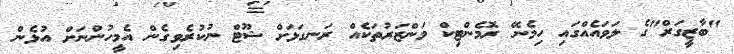
"ބާޒީގަރް"ގެ ލަވައެއްގައި ހިމެނޭ ރޮމެންޓިކް މަންޒަރުތަކެއް ރަނގަޅަށް ޝޫޓް ނުކުރެވިގެން އެމީހުންނަށް އުޅެން